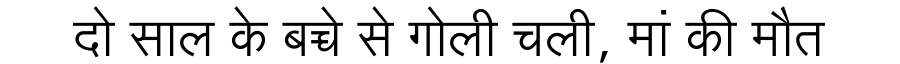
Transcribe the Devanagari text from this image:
दो साल के बच्चे से गोली चली, मां की मौत